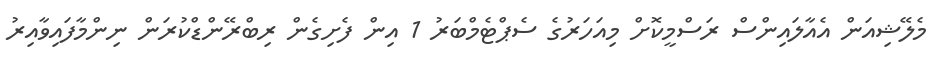
މެލޭޝިއަން އެއާލައިންސް ރަސްމީކޮށް މިއަހަރުގެ ސެޕްޓެމްބަރު 1 އިން ފެށިގެން ރިބްރޭންޑްކުރަން ނިންމާފައިވާއިރު